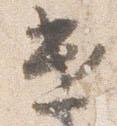
遣